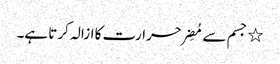
٭ جسم سے مُضِر حرارت کا ازالہ کرتا ہے۔